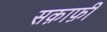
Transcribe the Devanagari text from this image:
सक़ाफ़ी